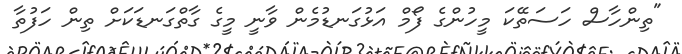
"ތިންހާސް ހަސަތޭކަ މީހުންގެ ފޯމް އަޅުގަނޑުމެން ވާނީ މީގެ ގާތްގަނޑަކަށް ތިން ހަފުތާ